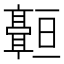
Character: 𬴠